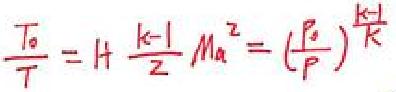
$\frac{T_0}{T}=H \frac{k-1}{2} M_a^2 = (\frac{P_0}{P})^{\frac{k-1}{k}}$